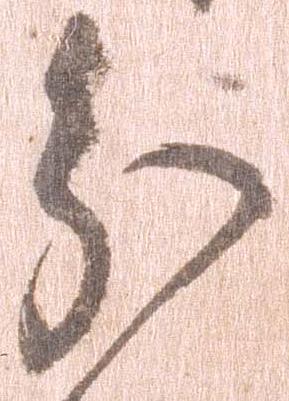
分